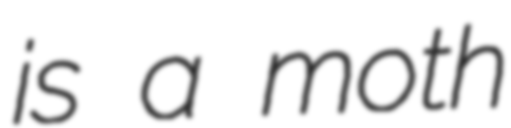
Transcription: is a moth